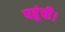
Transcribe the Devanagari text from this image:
पहूंची।